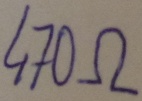
Text: 470Ω